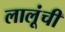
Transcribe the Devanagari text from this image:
लालूंची